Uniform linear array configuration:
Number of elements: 12
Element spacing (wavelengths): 1
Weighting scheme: hann
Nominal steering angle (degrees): -60
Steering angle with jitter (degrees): -59.018
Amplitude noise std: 0.05
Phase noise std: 0.05

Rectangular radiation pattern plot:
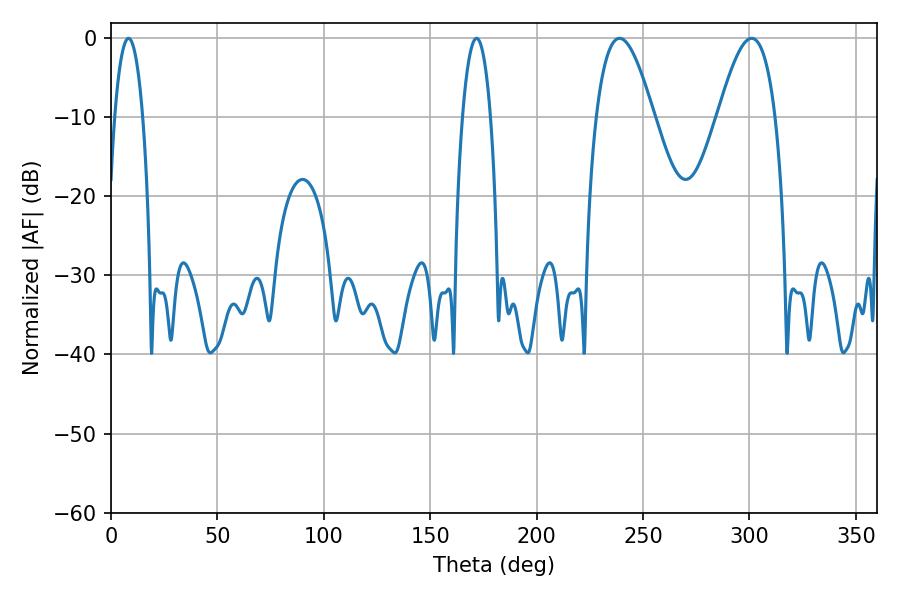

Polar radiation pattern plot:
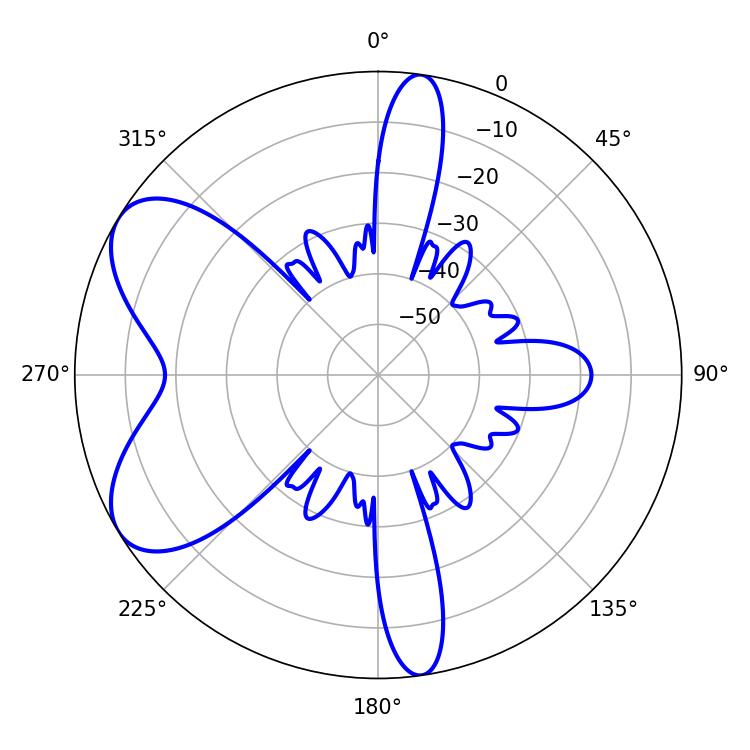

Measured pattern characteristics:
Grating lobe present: TRUE
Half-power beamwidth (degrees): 14.76
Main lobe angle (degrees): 239.04